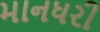
માનધરી